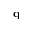
{ \bf q }